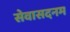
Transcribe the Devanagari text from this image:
सेवासदनम